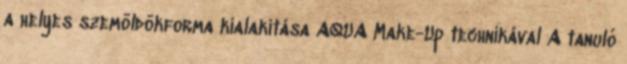
a helyes szemöldökforma kialakítása AQUA Make-Up technikával A tanuló